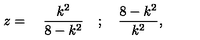
z = \quad \frac { k ^ { 2 } } { 8 - k ^ { 2 } } \quad ; \quad \frac { 8 - k ^ { 2 } } { k ^ { 2 } } ,